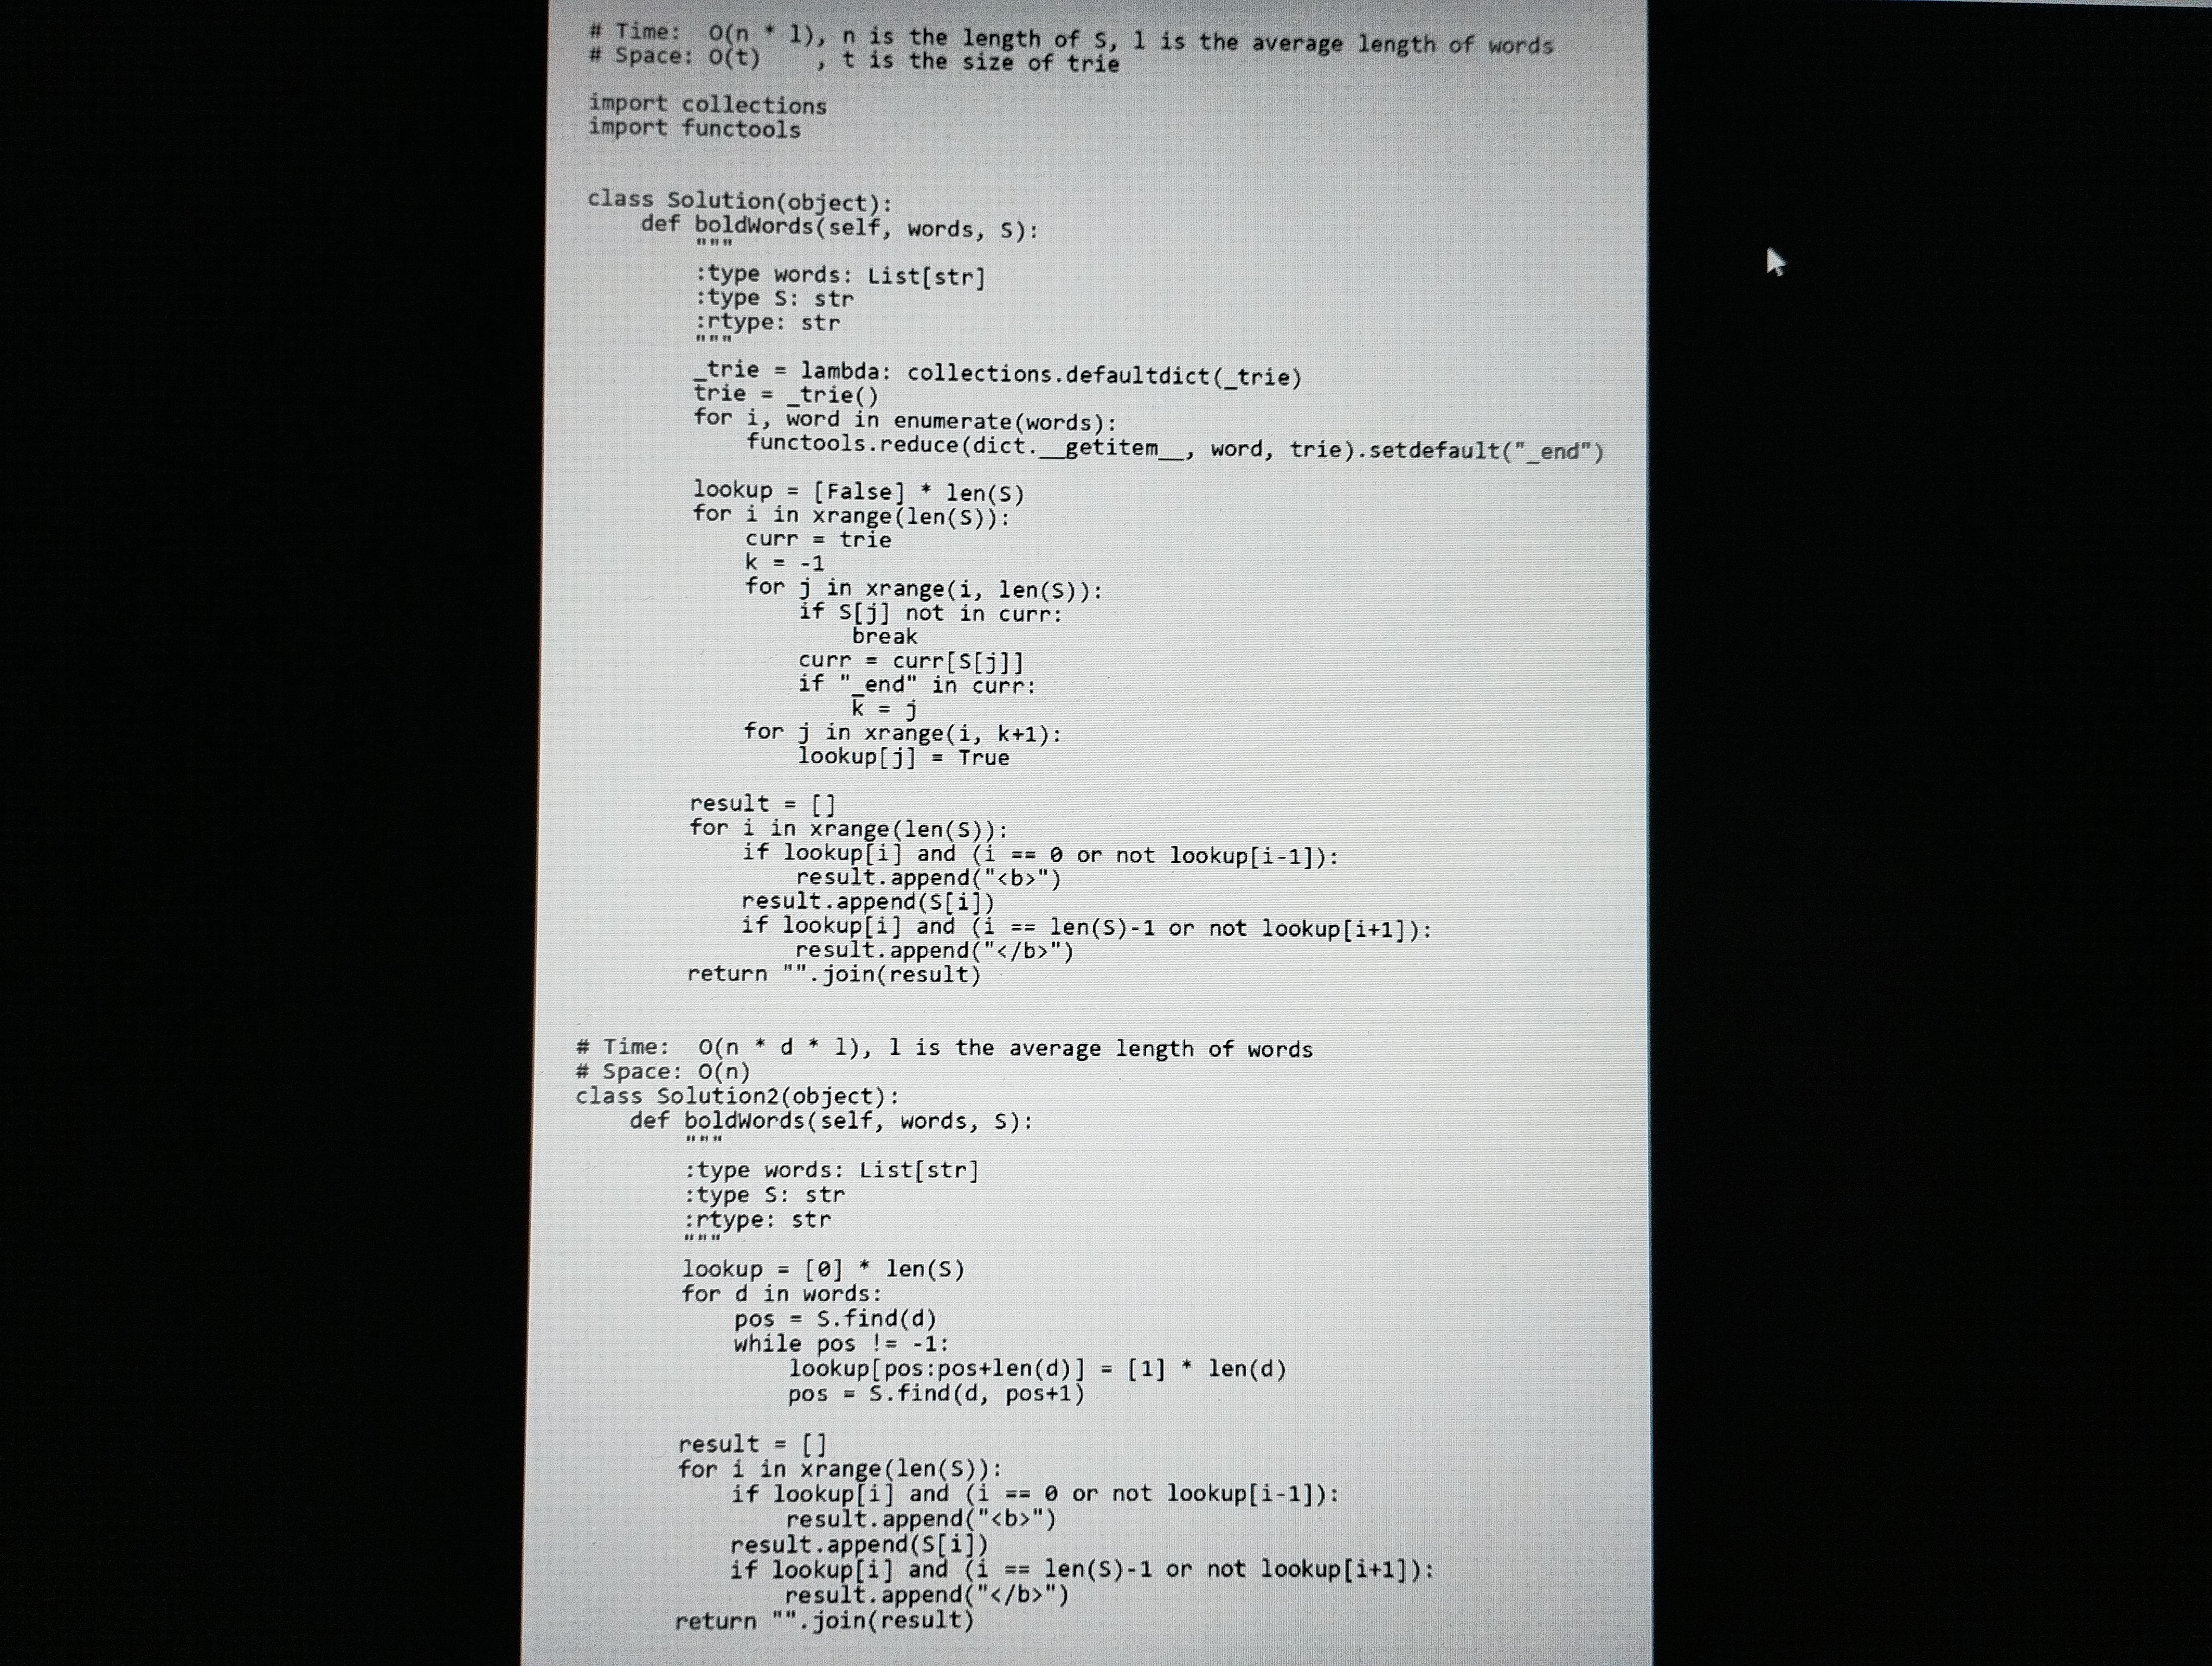
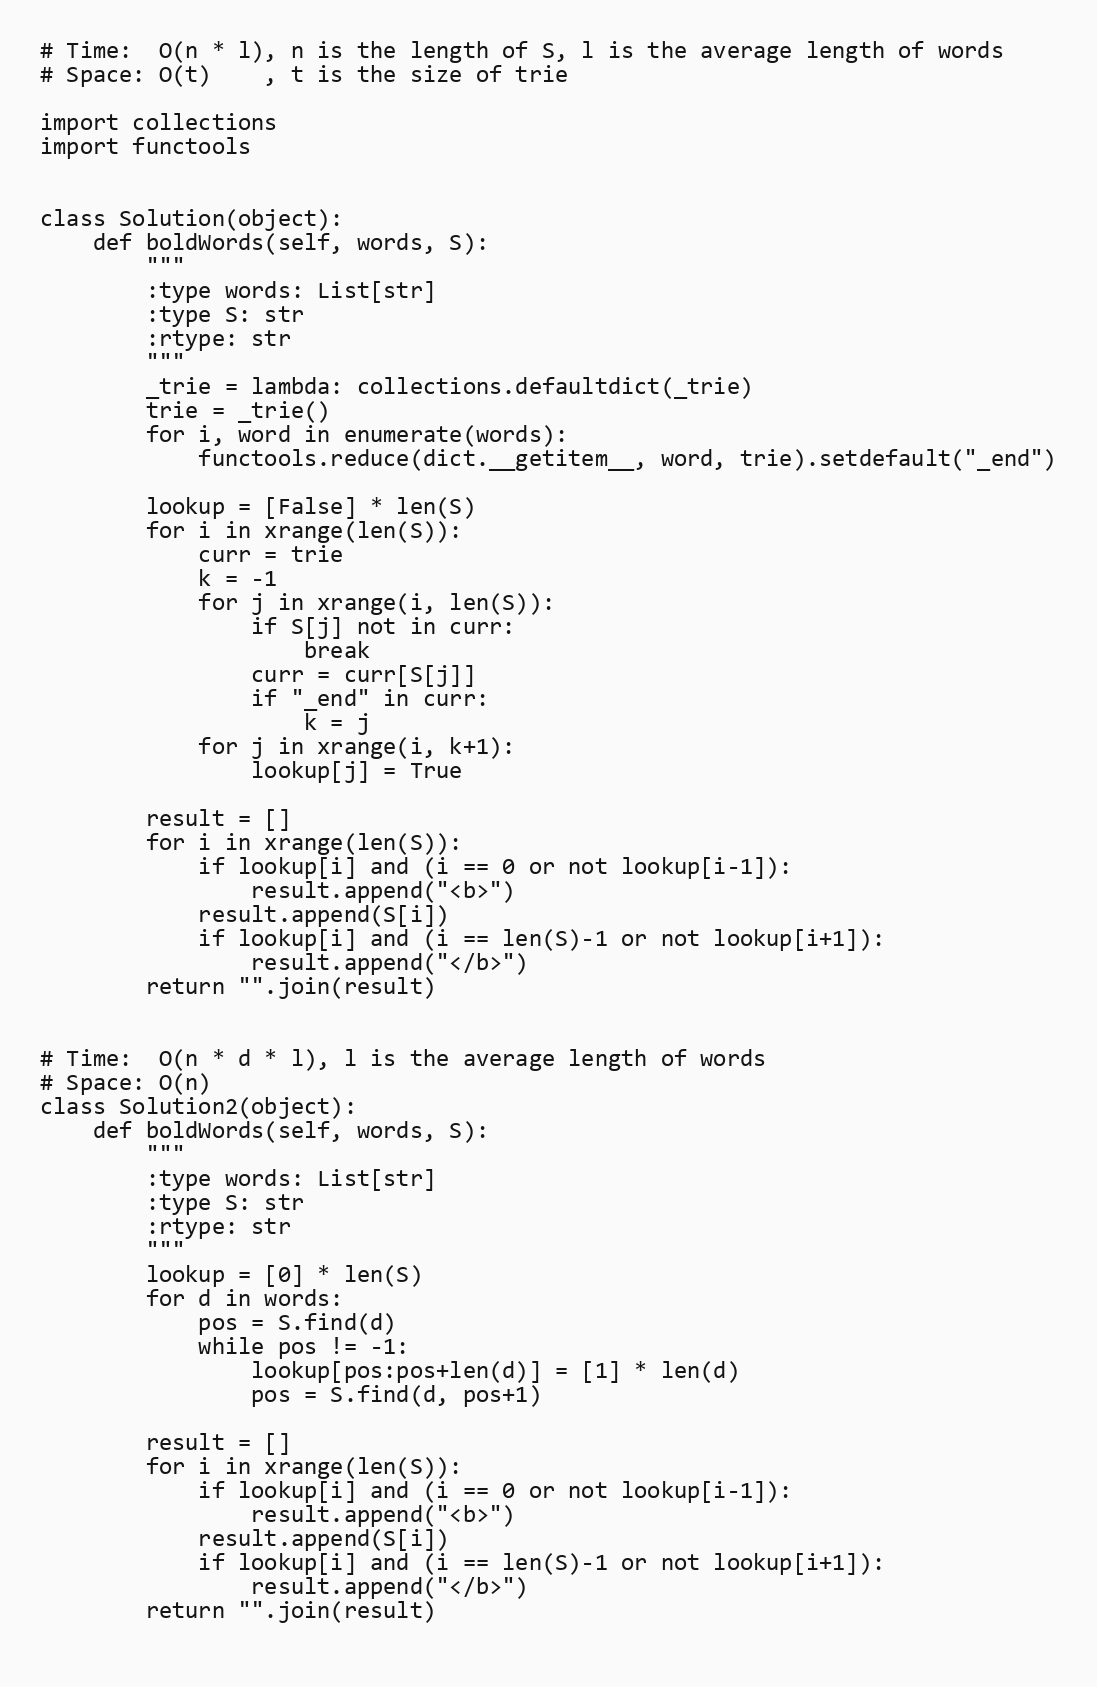
# Time:  O(n * l), n is the length of S, l is the average length of words
# Space: O(t)    , t is the size of trie

import collections
import functools

class Solution(object):
    def boldWords(self, words, S):
        """
        :type words: List[str]
        :type S: str
        :rtype: str
        """
        _trie = lambda: collections.defaultdict(_trie)
        trie = _trie()
        for i, word in enumerate(words):
            functools.reduce(dict.__getitem__, word, trie).setdefault("_end")

        lookup = [False] * len(S)
        for i in xrange(len(S)):
            curr = trie
            k = -1
            for j in xrange(i, len(S)):
                if S[j] not in curr:
                    break
                curr = curr[S[j]]
                if "_end" in curr:
                    k = j
            for j in xrange(i, k+1):
                lookup[j] = True

        result = []
        for i in xrange(len(S)):
            if lookup[i] and (i == 0 or not lookup[i-1]):
                result.append("<b>")
            result.append(S[i])
            if lookup[i] and (i == len(S)-1 or not lookup[i+1]):
                result.append("</b>")
        return "".join(result)

# Time:  O(n * d * l), l is the average length of words
# Space: O(n)
class Solution2(object):
    def boldWords(self, words, S):
        """
        :type words: List[str]
        :type S: str
        :rtype: str
        """
        lookup = [0] * len(S)
        for d in words:
            pos = S.find(d)
            while pos != -1:
                lookup[pos:pos+len(d)] = [1] * len(d)
                pos = S.find(d, pos+1)

        result = []
        for i in xrange(len(S)):
            if lookup[i] and (i == 0 or not lookup[i-1]):
                result.append("<b>")
            result.append(S[i])
            if lookup[i] and (i == len(S)-1 or not lookup[i+1]):
                result.append("</b>")
        return "".join(result)